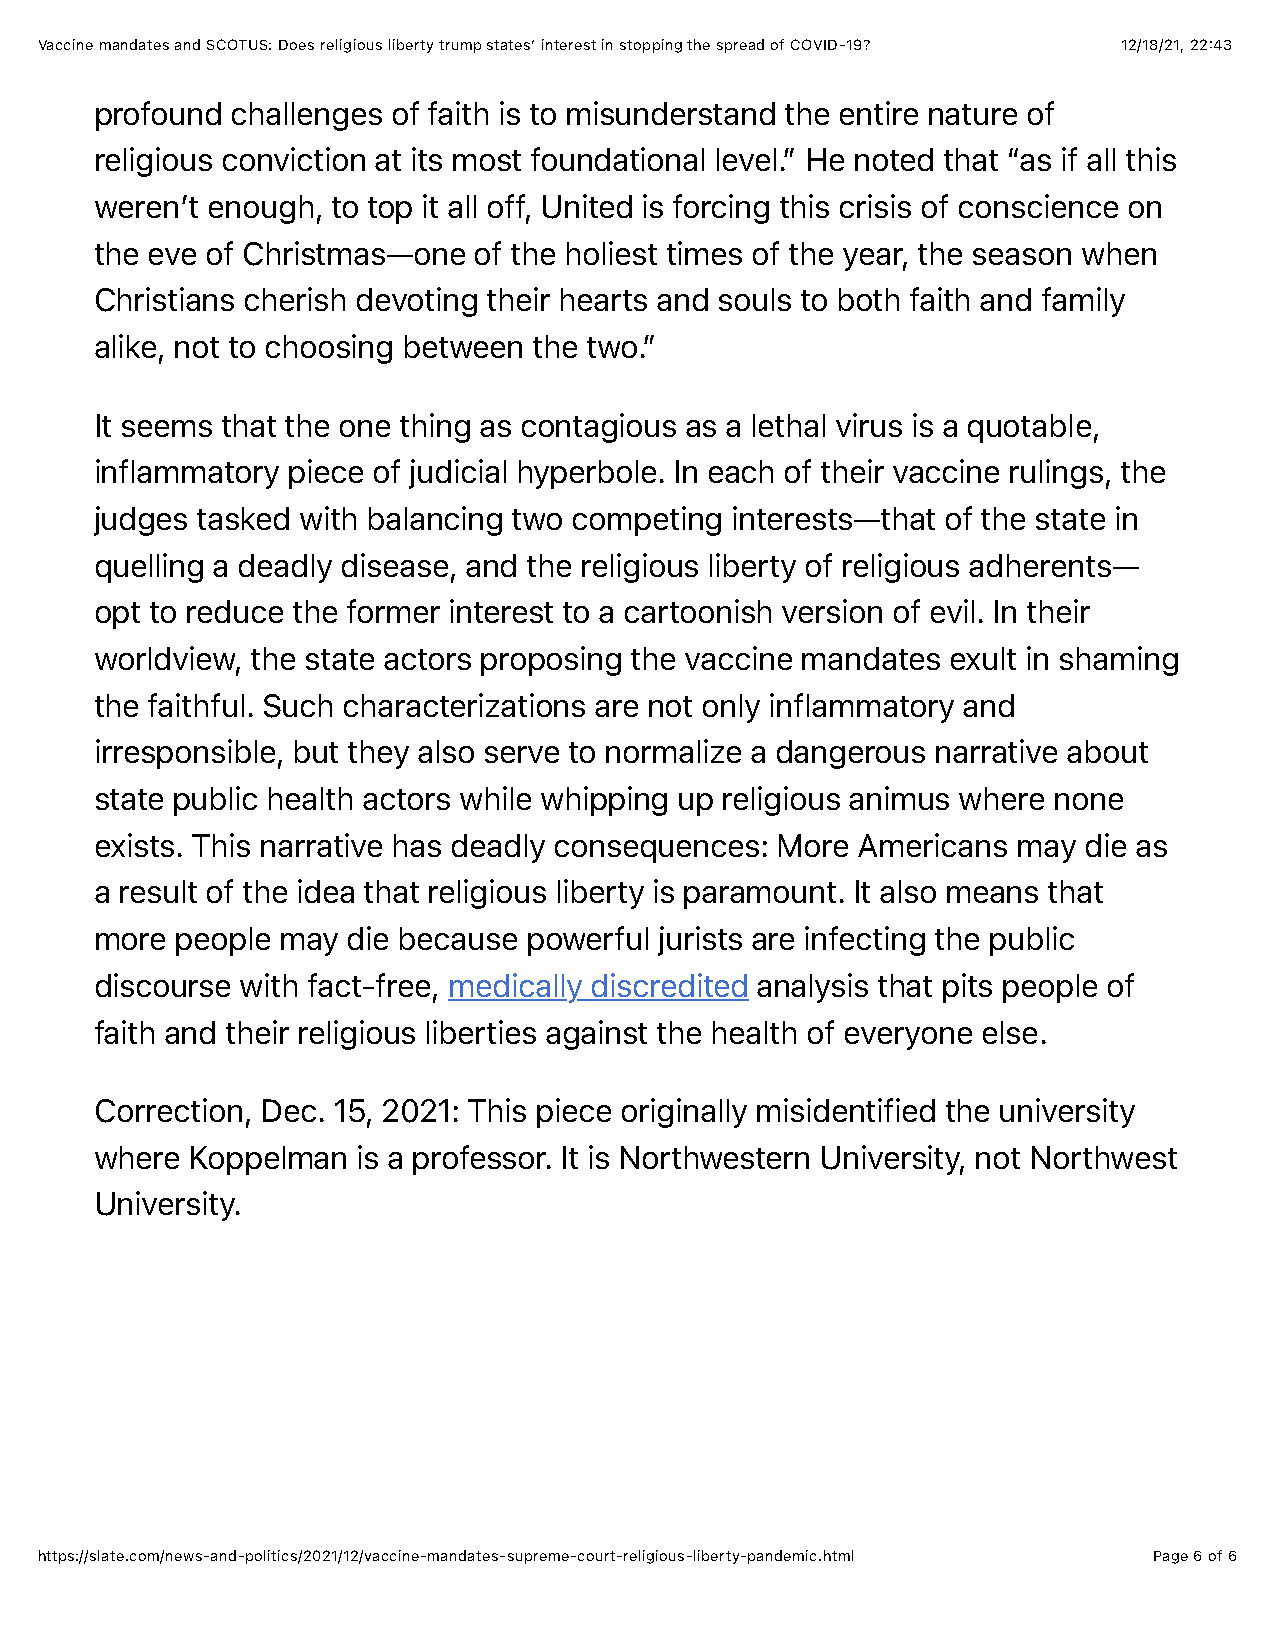
Vaccine mandates and SCOTUS: Does religious liberty trump states’ interest in stopping the spread of COVID-19? 12/18/21, 22:43
 profound challenges of faith is to misunderstand the entire nature of
 religious conviction at its most foundational level.” He noted that “as if all this
 weren’t enough, to top it all off, United is forcing this crisis of conscience on
 the eve of Christmas—one of the holiest times of the year, the season when
 Christians cherish devoting their hearts and souls to both faith and family
 alike, not to choosing between the two.”
 It seems that the one thing as contagious as a lethal virus is a quotable,
 inflammatory piece of judicial hyperbole. In each of their vaccine rulings, the
 judges tasked with balancing two competing interests—that of the state in
 quelling a deadly disease, and the religious liberty of religious adherents—
 opt to reduce the former interest to a cartoonish version of evil. In their
 worldview, the state actors proposing the vaccine mandates exult in shaming
 the faithful. Such characterizations are not only inflammatory and
 irresponsible, but they also serve to normalize a dangerous narrative about
 state public health actors while whipping up religious animus where none
 exists. This narrative has deadly consequences: More Americans may die as
 a result of the idea that religious liberty is paramount. It also means that
 more  people may die because powerful jurists are infecting the public
 discourse with fact-free, medically discredited analysis that pits people of
 faith and their religious liberties against the health of everyone else.
 Correction, Dec. 15, 2021: This piece originally misidentified the university
 where  Koppelman  is a professor. It is Northwestern University, not Northwest
 University.
 https://slate.com/news-and-politics/2021/12/vaccine-mandates-supreme-court-religious-liberty-pandemic.html Page 6 of 6